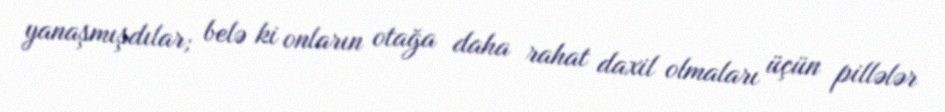
yanaşmışdılar; belə ki onların otağa daha rahat daxil olmaları üçün pillələr